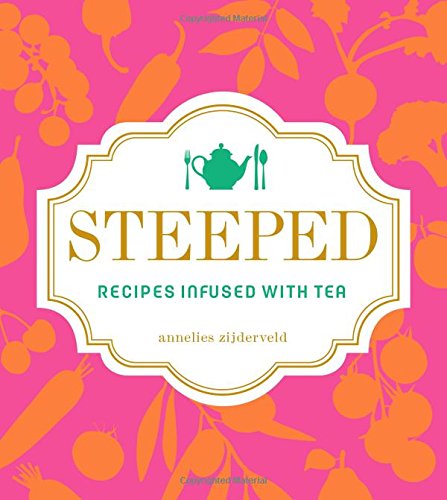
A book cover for Steeped: Recipes Infused with Tea; Annelies Zijderveld; Cookbooks, Food & Wine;